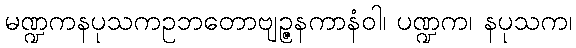
မဏ္ဍကနပုသကဥဘတောဗျဉ္ဇနကာနံဝါ၊ ပဏ္ဍက၊ နပုသက၊